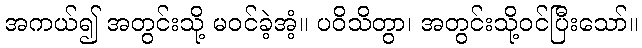
အကယ်၍ အတွင်းသို့ မဝင်ခဲ့အံ့။ ပဝိသိတွာ၊ အတွင်းသို့ဝင်ပြီးသော်။